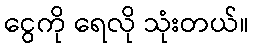
ငွေကို ရေလို သုံးတယ်။